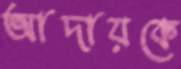
আদায়কে